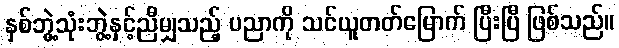
နှစ်ဘွဲ့သုံးဘွဲ့နှင့်ညီမျှသည့် ပညာကို သင်ယူတတ်မြောက် ပြီးပြီ ဖြစ်သည်။